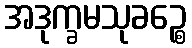
အဒုက္ခမသုခဉ္စေ